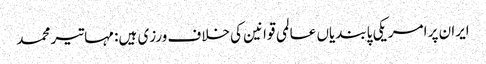
ایران پر امریکی پابندیاں عالمی قوانین کی خلاف ورزی ہیں: مہاتیر محمد